system: You are a helpful assistant.
user:
Analyze the provided spectrum to determine if it is a **S-type Star**.

- **Key Indicators for S-type Star:**

    - **(Overall Spectrum Shape):** The first and most obvious characteristic is the overall continuum (the "baseline" shape). It is **extremely "red-sloping,"** meaning the flux (light intensity) is very low on the left side (blue, ~4000-4500 Å) and rises steeply and continuously toward the right side (red, ~7000 Å+).

    - **(Primary):** The spectrum is defined by the presence of strong, broad molecular absorption "valleys" (bands) from **Zirconium Oxide (ZrO)**. The identification of these bands is the **primary requirement** for classifying a star as S-type.
        - **(Key Bandheads):** You must find distinct, deep "dips" where the light has been absorbed. The most critical band systems to locate are:
            - **~6474 Å** ($\gamma$-system): This is often the strongest and clearest ZrO feature, found in the red part of the spectrum.
            - **~5718 Å** & **~5551 Å** ($\beta$-system): A pair of prominent absorption features in the yellow-orange part of the spectrum.
            - **~4640 Å** ($\alpha$-system): A key absorption band system in the blue-green region of the spectrum.

    - **(Secondary Confirmation):** The classification is strengthened by finding additional absorption bands from other related heavy element oxides, which are expected to be present alongside ZrO.
        - **(Key Bandheads):**
            - **Yttrium Oxide (YO):** Look for absorption dips near **~4800 Å** and **~6100 Å**.
            - **Lanthanum Oxide (LaO):** Additional absorption features, particularly in the red-orange part of the spectrum, are also characteristic.

    - **(Line Profile):** The combination of the steep red continuum and these numerous, deep molecular bands (ZrO, YO, etc.) gives the entire spectrum a very **"chopped-up"** or **"bumpy"** appearance. Instead of a smooth curve, the spectrum looks as though large, wide chunks of light have been "carved out" of it at the specific wavelengths listed above.

Think first, call **spectral_visualization_tool** if needed to examine features in detail, then provide your final answer. Your response must adhere to the following strict rules:
1.  **Overall Structure:** Your response must follow the format `<think>...</think> <tool_call>...</tool_call> (if a tool is used) <answer>...</answer>`.
2.  **Tool Usage Constraint:** You may only make **one** tool call per turn.
3.  **Final Answer Format:** In the `<answer>` tag, your conclusion must be inside a `\boxed{}` command (e.g., `\boxed{YES}` or `\boxed{NO}`), followed by your justification.

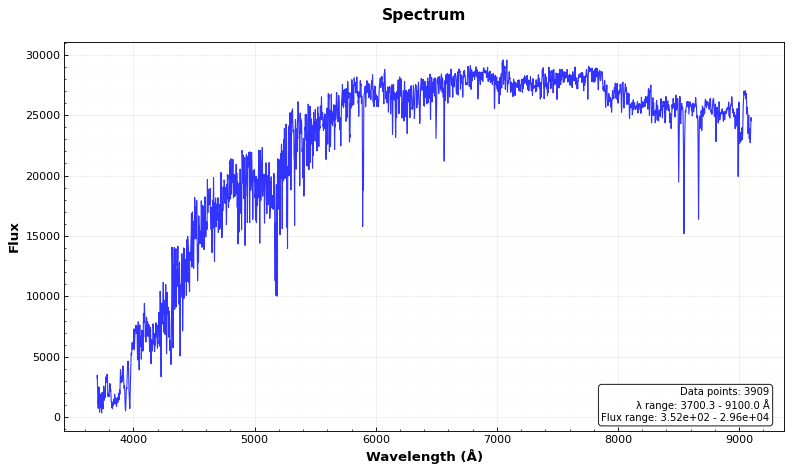
Answer: NO